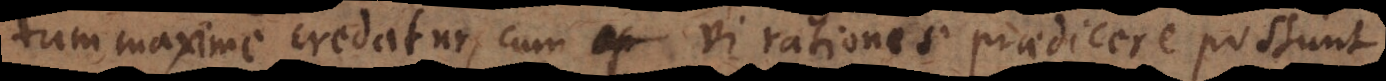
tum maxime credatur, cum vi rationis praedicere possunt